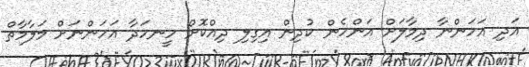
އަދި އަހަންނާ ދިމާލަށް އަންހެން ކުދިން އިގިލި ދިއްކޮށް ހީނހަދާ އަހަންނަށް މަލާމާތް